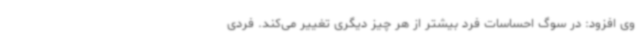
وی افزود: در سوگ احساسات فرد بیشتر از هر چیز دیگری تغییر می‌کند. فردی